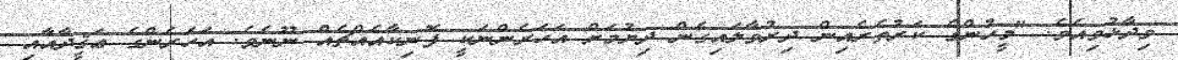
ވިދާޅުވިއެވެ. "މީހުންގެ ކަރުތެރެއިން ދިރުވާލައިގެން ދިޔުމަށް އަހަރެންނަކީ ފޮނިކާއެއްޗެއް ނޫނެވެ. އަހަރެންގެ ޢަޤީދާއާއި